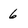
Character: 6